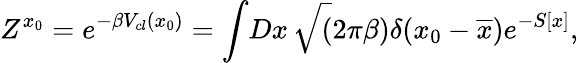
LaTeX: Z^{x_{0}}=e^{-\beta V_{cl}(x_{0})}=\int\! Dx\, \sqrt(2\pi\beta)\delta(x_{0}-\overline{{{x}}})e^{-S[x]},